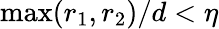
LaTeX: \operatorname*{max}(r_{1},r_{2})/d<\eta